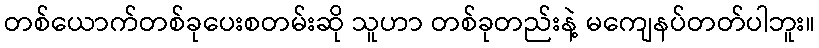
တစ်ယောက်တစ်ခုပေးစတမ်းဆို သူဟာ တစ်ခုတည်းနဲ့ မကျေနပ်တတ်ပါဘူး။